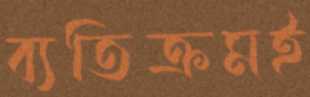
ব্যতিক্রমই